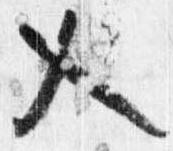
入